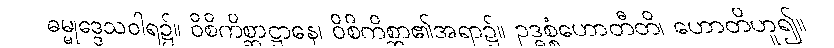
ဓမ္မုဒ္ဒေသဝါရ၌။ ဝိစိကိစ္ဆာဋ္ဌာနေ၊ ဝိစိကိစ္ဆာ၏အရာ၌။ ဥဒ္ဓစ္စံဟောတီတိ၊ ဟောတိဟူ၍။